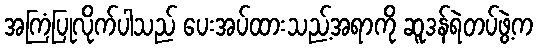
အကြံပြုလိုက်ပါသည် ပေးအပ်ထားသည့်အရာကို ဆူဒန်ရဲတပ်ဖွဲ့က